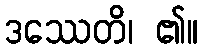
ဒဿေတိ၊ ၏။